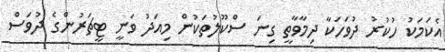
އެކަމަކު ހުކުރު ދުވަހަކާ ދިމާވާތީ ގިނަ ސްކޫލުތަކުން މިއަދު ވަނީ ޓީޗަރުންގެ ދުވަސް